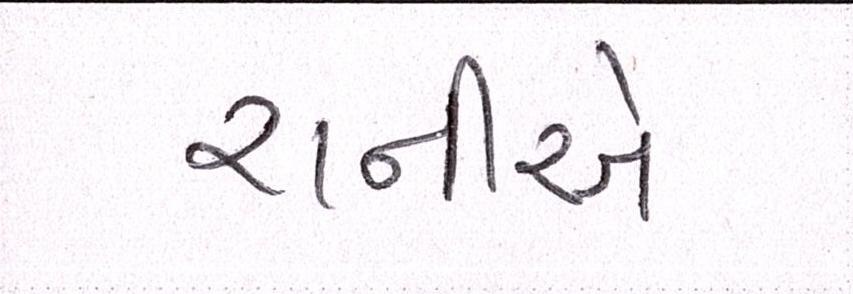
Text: રાનીએ